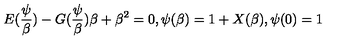
E ( \frac { \psi } { \beta } ) - G ( \frac { \psi } { \beta } ) \beta + \beta ^ { 2 } = 0 , \psi ( \beta ) = 1 + X ( \beta ) , \psi ( 0 ) = 1